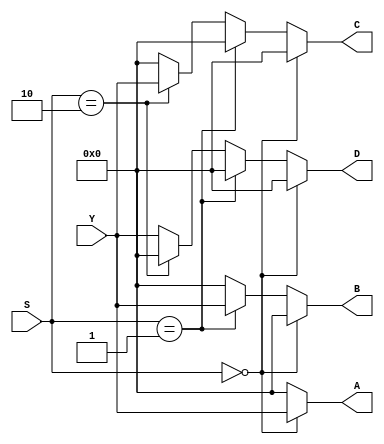
module mux(A,B,C,D,S,Y);
input  [3:0]Y;
input  [1:0]S;
output [3:0] A, B, C, D;
reg    [3:0] A, B, C, D;

always@(Y or S)
 if (S == 2'b00) begin A = Y; B=0; C=0; D=0; end
else if (S == 2'b01) begin B = Y; A=0; C=0; D=0; end
else if (S == 2'b10) begin C = Y; A=0; B=0; D=0; end
else  begin D = Y;  A=0; B=0; C=0; end

endmodule